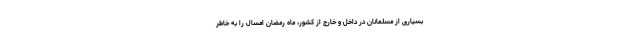
بسیاری از مسلمانان در داخل و خارج از کشور، ماه رمضان امسال را به خاطر